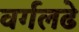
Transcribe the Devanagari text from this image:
वर्गलढे